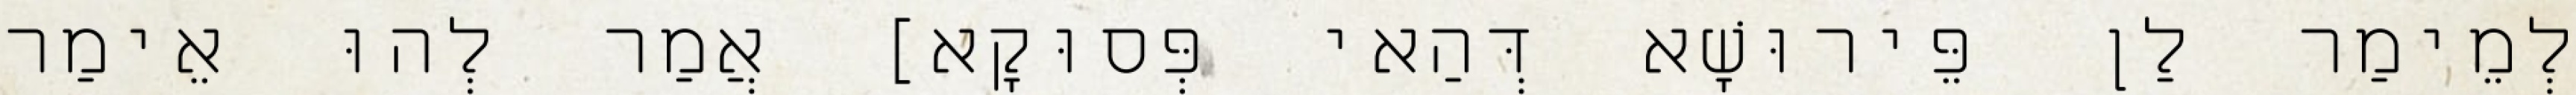
לְמֵימַר לַן פֵּירוּשָׁא דְּהַאי פְּסוּקָא] אֲמַר לְהוּ אֵימַר